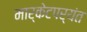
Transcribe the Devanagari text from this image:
मार्केटपर्यंत